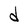
Character: d